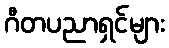
ဂီတပညာရှင်များ